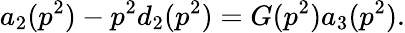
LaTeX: a_{2}(p^{2})-p^{2}d_{2}(p^{2})=G(p^{2})a_{3}(p^{2}){}.